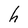
Character: h